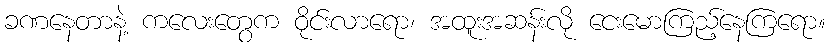
ခဏနေတာနဲ့ ကလေးတွေက ဝိုင်းလာရော၊ အထူးအဆန်းလို ငေးမောကြည့်နေကြရော။